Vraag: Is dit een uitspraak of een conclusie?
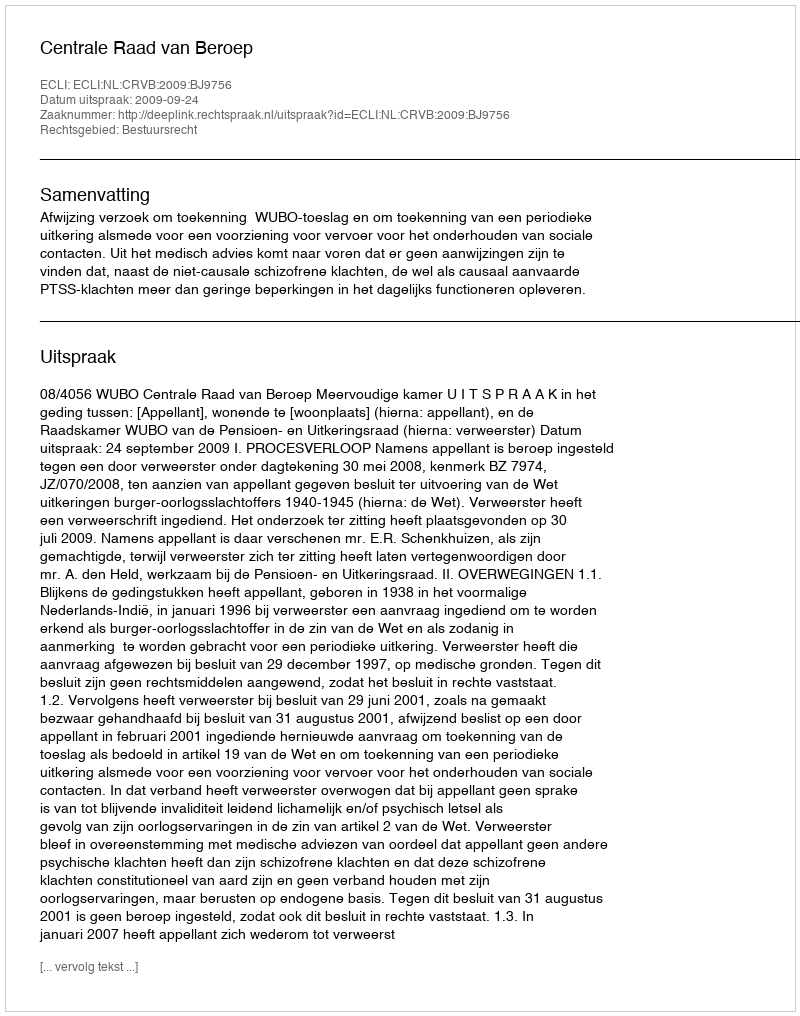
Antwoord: Uitspraak